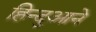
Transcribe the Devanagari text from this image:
हिन्दुआने